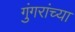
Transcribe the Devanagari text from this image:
गुंगरांच्या